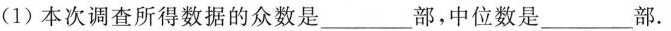
(1)本次调查所得数据的众数是___部，中位数是___部.